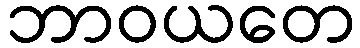
ဘာဝယတေ